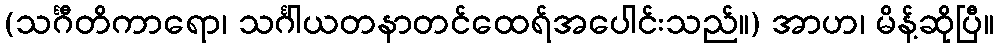
(သင်္ဂီတိကာရော၊ သင်္ဂါယတနာတင်ထေရ်အပေါင်းသည်။) အာဟ၊ မိန့်ဆိုပြီ။